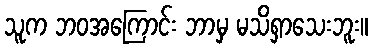
သူက ဘဝအကြောင်း ဘာမှ မသိရှာသေးဘူး။